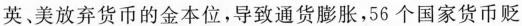
英美放弃货币的金本位，导致通货膨胀，56个国家货币贬